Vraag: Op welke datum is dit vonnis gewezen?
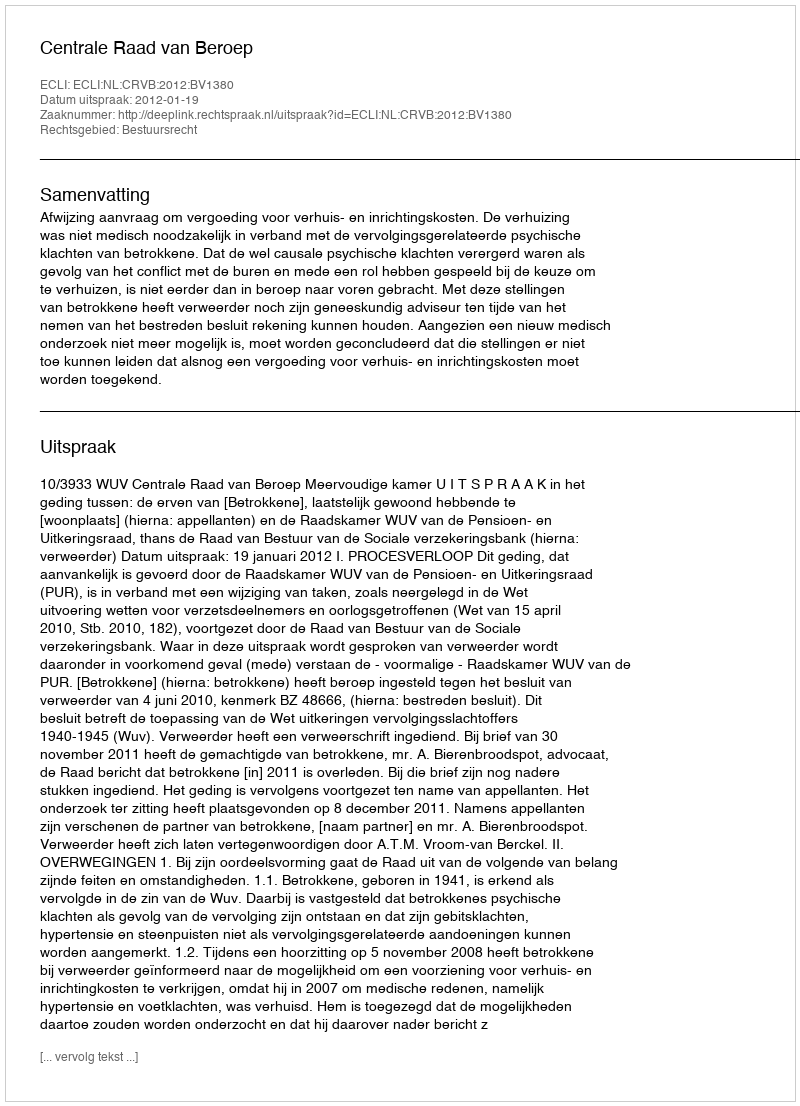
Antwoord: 2012-01-19